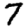
Digit: 7